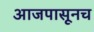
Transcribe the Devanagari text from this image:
आजपासूनच